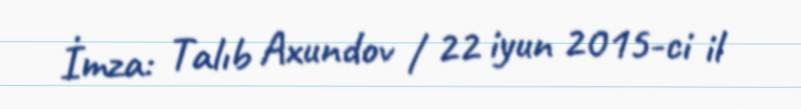
İmza: Talıb Axundov / 22 iyun 2015-ci il